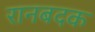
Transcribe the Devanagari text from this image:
रानबदक